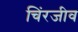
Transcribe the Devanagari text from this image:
चिंरजीव